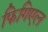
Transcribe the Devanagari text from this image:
फिगिएल